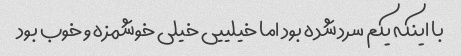
با اینکه یکم سرد شده بود اما خیلییی خیلی خوشمزه و خوب بود